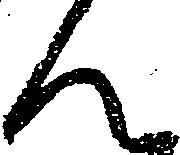
ん